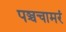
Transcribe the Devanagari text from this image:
पञ्चचामरं